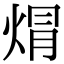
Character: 焨